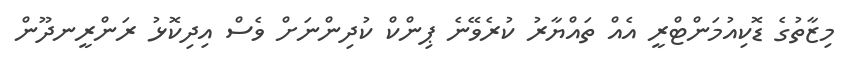
މިޒާތުގެ ޑޮކިއުމަންޓްރީ އެއް ތައްޔާރު ކުރެވޭނެ ޕިންކް ކުދިންނަށް ވެސް އިދިކޮޅު ރަންރީނދޫން